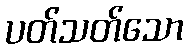
ပတ်သတ်သော